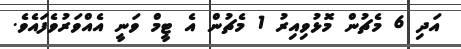
އަދި 6 މެޗުން މޮޅުވިއިރު 1 މެޗުން އެ ޓީމް ވަނީ އެއްވަރުވެފައެވެ.